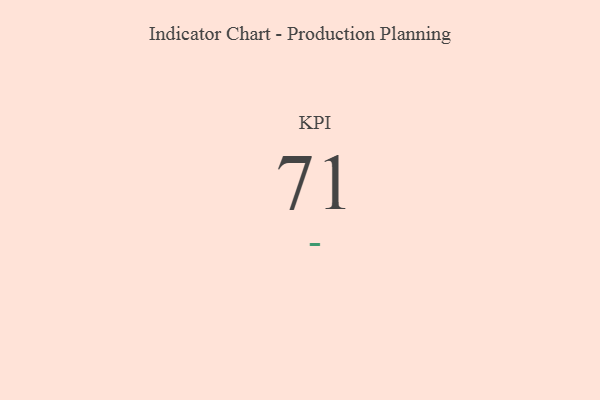
{"axis": {"x": "KPI", "y": "Value"}, "legend": [""], "data": [{"x": "KPI", "y": 71, "type": ""}]}